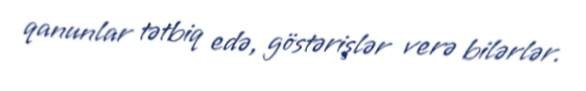
qanunlar tətbiq edə, göstərişlər verə bilərlər.